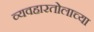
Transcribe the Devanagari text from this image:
व्यवहारतोलाच्या